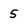
Character: 5